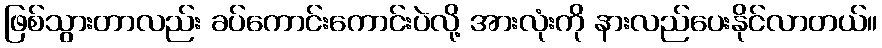
ဖြစ်သွားတာလည်း ခပ်ကောင်းကောင်းပဲလို့ အားလုံးကို နားလည်ပေးနိုင်လာတယ်။